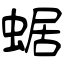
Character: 蜛